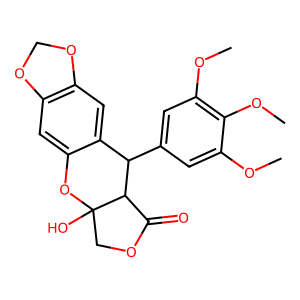
SMILES: COc1cc(C2c3cc4c(cc3OC3(O)COC(=O)C23)OCO4)cc(OC)c1OC
Inhibits HIV replication: No